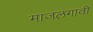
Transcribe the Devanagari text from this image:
माजलगावी